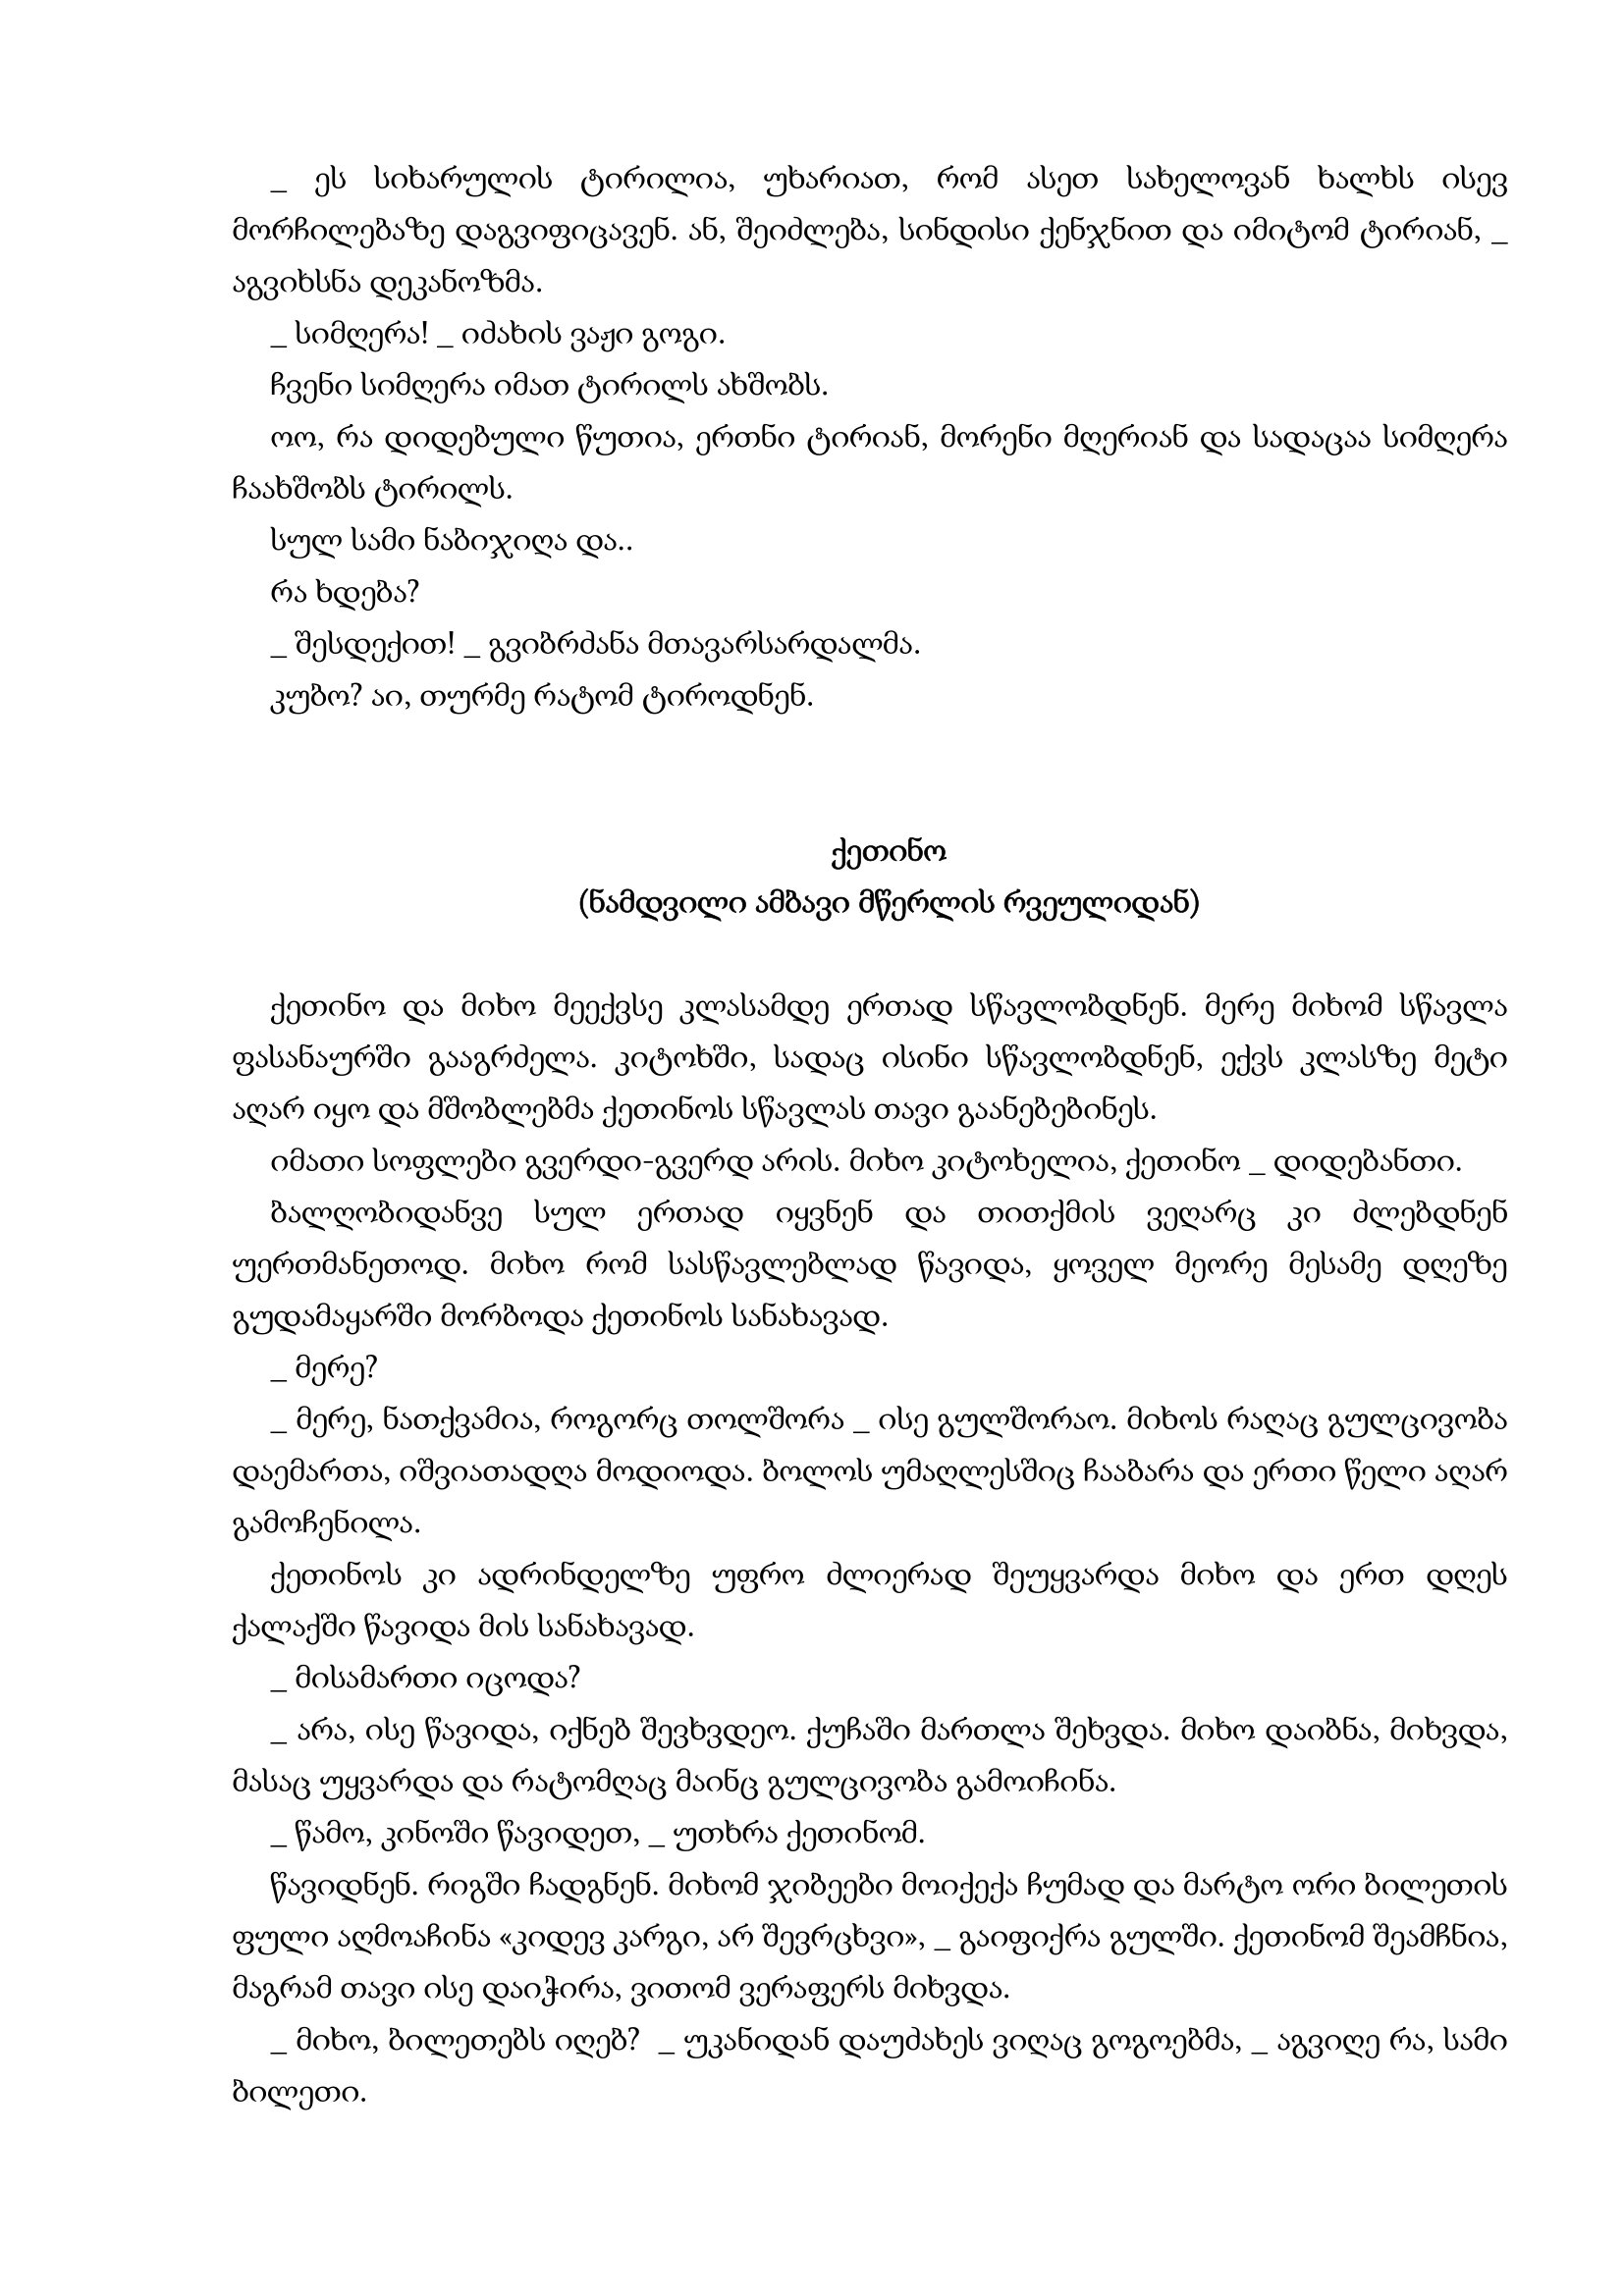
Language: gr